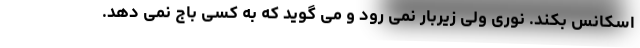
اسکانس بکند. نوری ولی زیربار نمی رود و می گوید که به کسی باج نمی دهد.